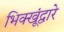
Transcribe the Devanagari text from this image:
भिक्खूंद्वारे